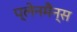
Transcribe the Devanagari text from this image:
प्लेनमैन्स